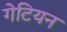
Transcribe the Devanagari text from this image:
गेटियन